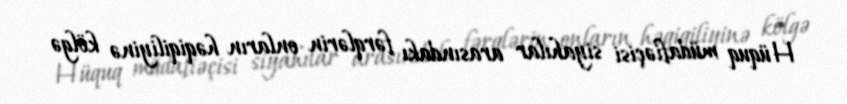
Hüquq müdafiəçisi siyahılar arasındakı fərqlərin onların həqiqiliyinə kölgə